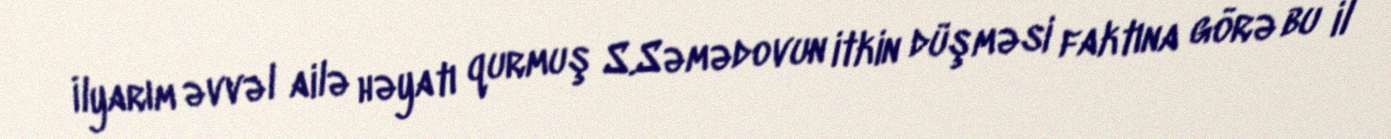
İlyarım əvvəl ailə həyatı qurmuş S.Səmədovun itkin düşməsi faktına görə bu il